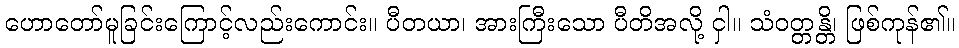
ဟောတော်မူခြင်းကြောင့်လည်းကောင်း။ ပီတယာ၊ အားကြီးသော ပီတိအလို့ ငှါ။ သံဝတ္တန္တိ၊ ဖြစ်ကုန်၏။